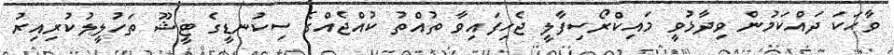
ވާހަކަ ދައްކަމުން ވިދާޅުވީ މައިކްރޯސިފާލީ ޖެހިފައިވާ ތުއްތު ކުއްޖެއްގެ ސިކުނޑީގެ ޓީޝޫ ތަހުލީލުކުރިއިރު